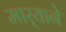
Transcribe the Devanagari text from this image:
मार्‍याने